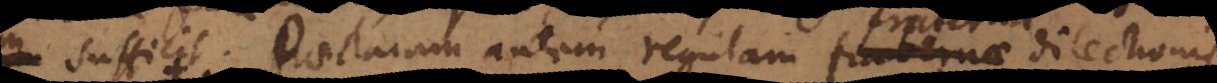
sufficit. Praeclaram autem regulam fraternae dilectionis